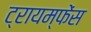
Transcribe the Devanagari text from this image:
ट्रायम्फेंस